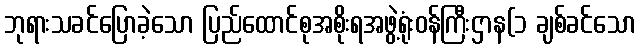
ဘုရားသခင်ပြောခဲ့သော ပြည်ထောင်စုအစိုးရအဖွဲ့ရုံးဝန်ကြီးဌာန(၁ ချစ်ခင်သော